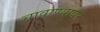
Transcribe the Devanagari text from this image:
चावाण्यावर